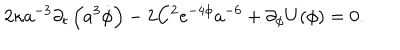
LaTeX: 2 \kappa a ^ { - 3 } \partial _ { t } \left( a ^ { 3 } \dot { \phi } \right) - 2 C ^ { 2 } e ^ { - 4 \phi } a ^ { - 6 } + \partial _ { \phi } U ( \phi ) = 0 .